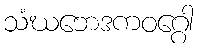
သံဃဘေဒကဝဂ္ဂေါ